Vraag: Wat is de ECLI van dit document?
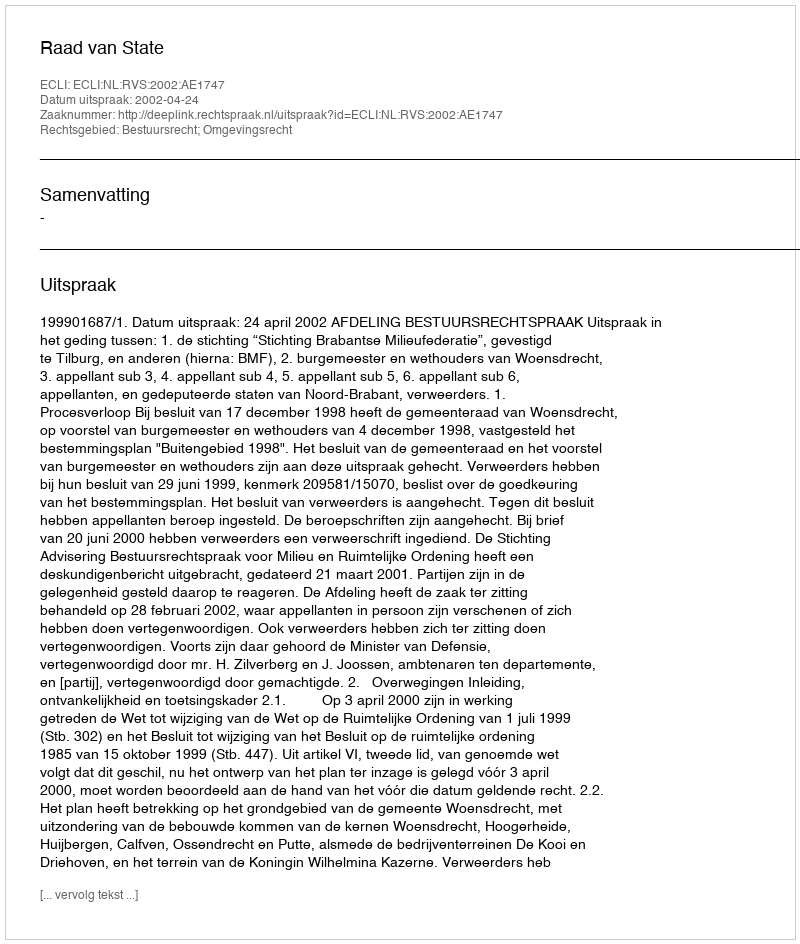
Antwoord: ECLI:NL:RVS:2002:AE1747